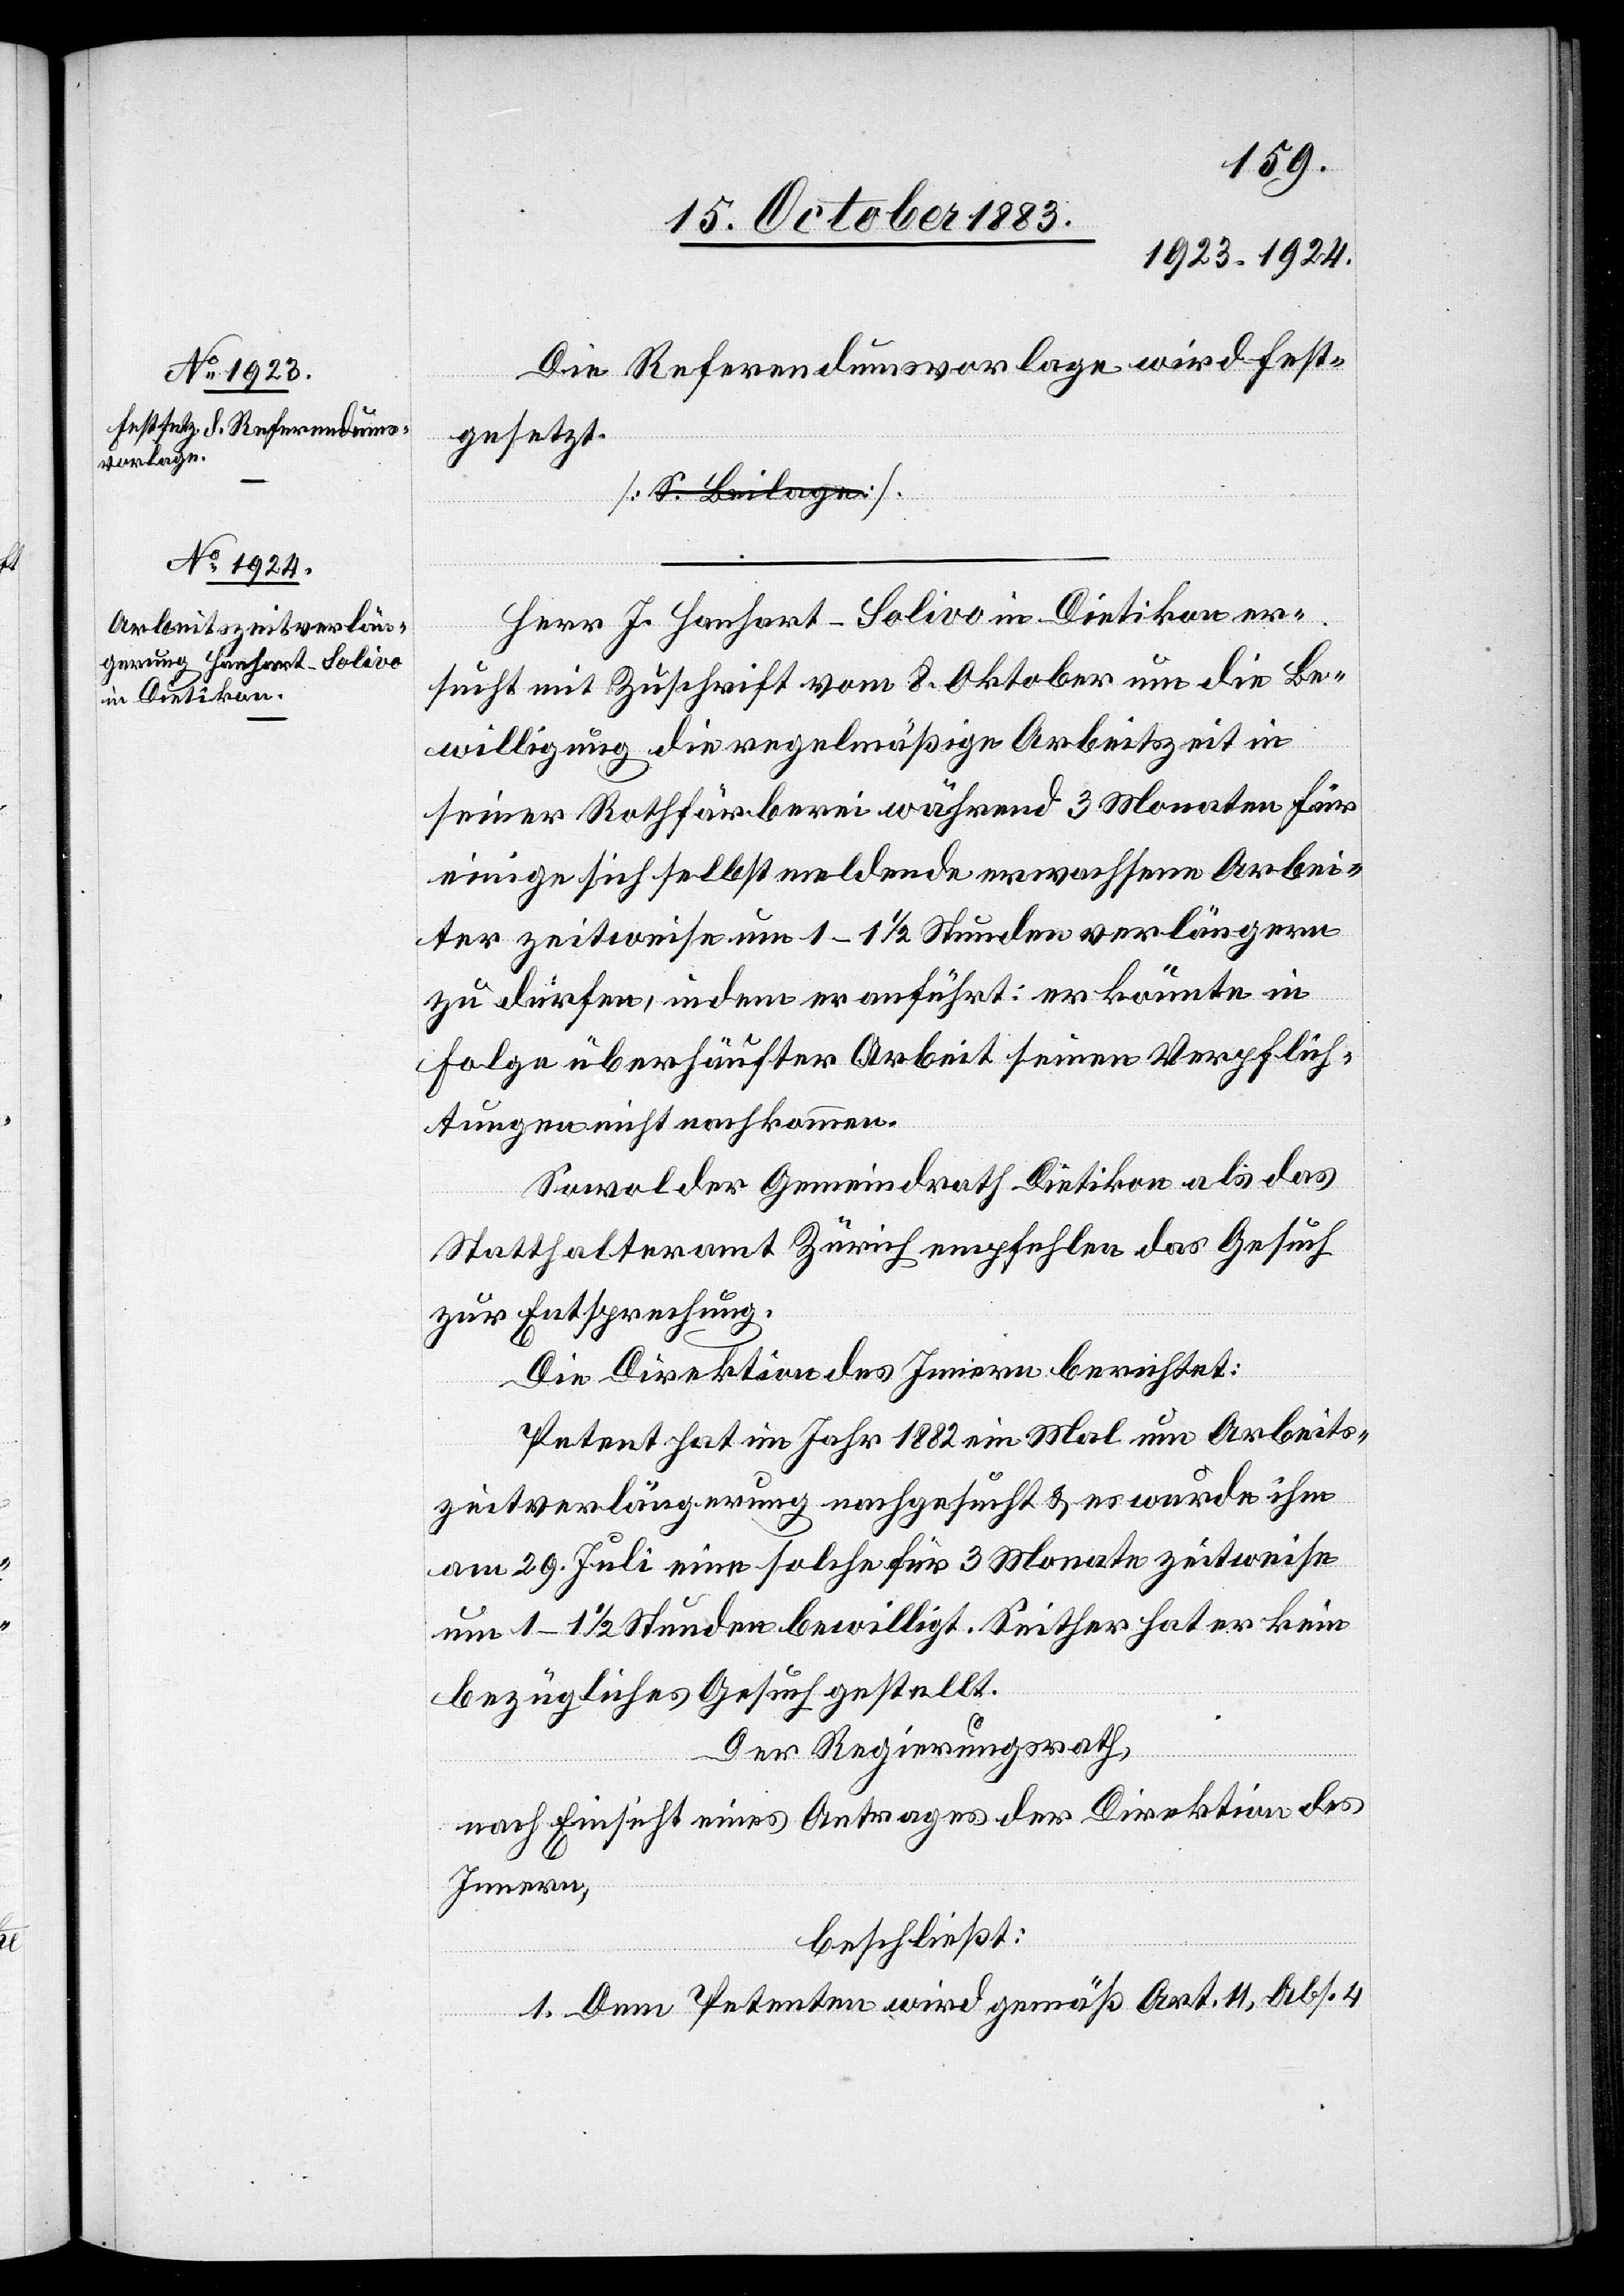
Die Referendumsvorlage wird fest¬
gesetzt.
Herr J. Hanhart-Solivo in Dietikon er¬
sucht mit Zuschrift vom 8. Oktober um die Be¬
willigung die regelmäßige Arbeitszeit in
seiner Rothfärberei während 3 Monaten für
einige sich selbst meldende erwachsene Arbei¬
ter zeitweise 1–1 1/2 Stunden verlängern
zu dürfen, indem er anführt: er könnte in
Folge überhäufter Arbeit seinen Verpflich¬
tungen nicht nachkommen.
Sowol der Gemeindrath Dietikon als das
Statthalteramt Zürich empfehlen das Gesuch
zur Entsprechung.
Die Direktion des Innern berichtet:
Petent hat im Jahr 1882 ein Mal um Arbeits¬
zeitverlängerung nachgesucht & es wurde ihm
am 29. Juli eine solche für 3 Monate zeitweise
um 1–1 1/2 Stunden bewilligt. Seither hat er kein
bezügliches Gesuch gestellt.
Der Regierungsrath,
nach Einsicht eines Antrages der Direktion des
Innern,
beschließt:
1. Dem Petenten wird gemäß Art. 11, Abs. 4